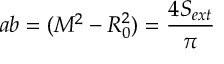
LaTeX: a b = ( M ^ { 2 } - R _ { 0 } ^ { 2 } ) = \frac { 4 S _ { e x t } } { \pi }